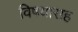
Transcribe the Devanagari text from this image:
विषयासह